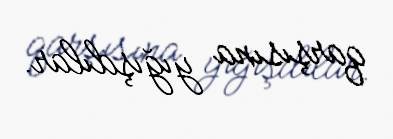
qarşısına yığışdılar.